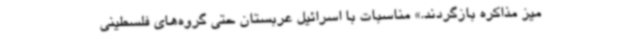
میز مذاکره بازگردند.» مناسبات با اسرائیل عربستان حتی گروه‌های فلسطینی